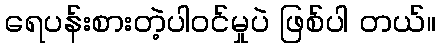
ရေပန်းစားတဲ့ပါဝင်မှုပဲ ဖြစ်ပါ တယ်။